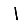
Digit: 1